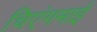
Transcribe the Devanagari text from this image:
चिएंगमाई